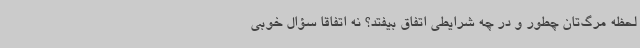
لحظه مرگ‌تان چطور و در چه شرایطی اتفاق بیفتد؟ نه اتفاقاً سؤال خوبی